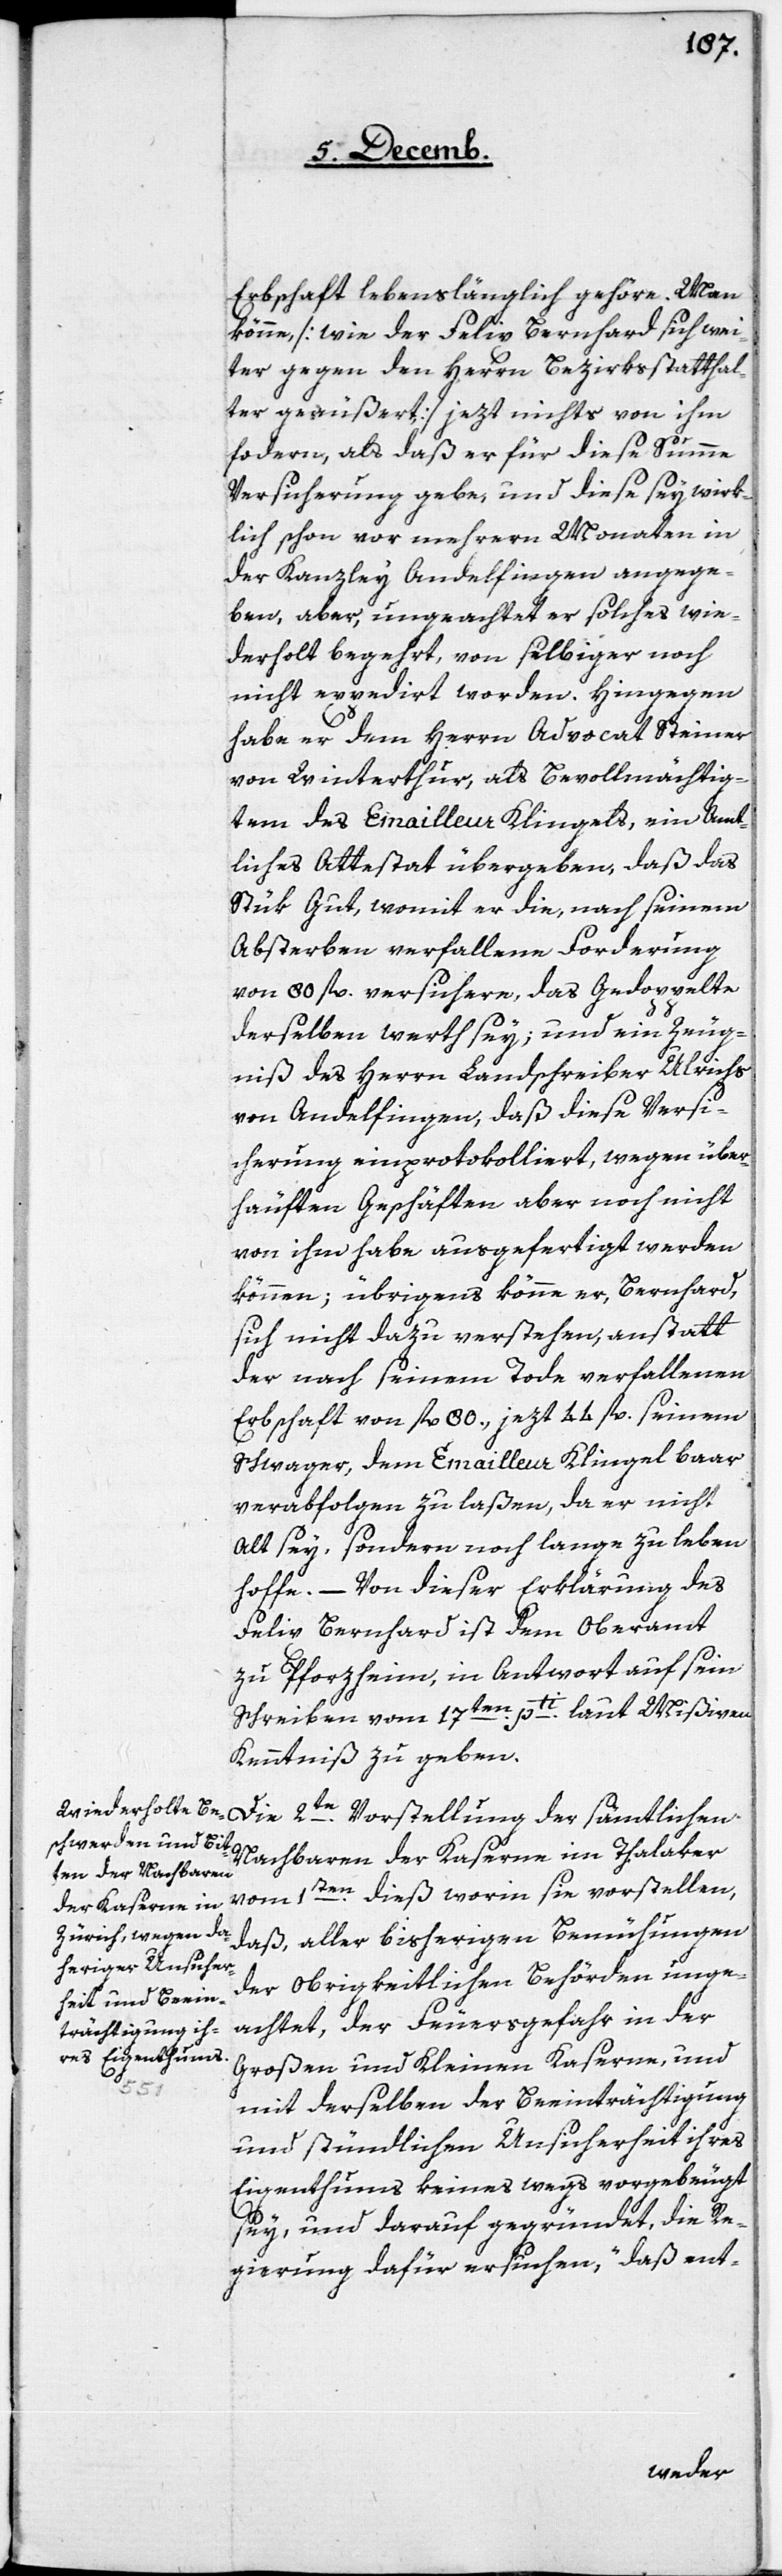
Erbschaft lebenslänglich gehöre. Man
könne, [wie der Felix Bernhard sich wei¬
ter gegen den Herrn Bezirksstatthal¬
ter geäußert] jezt nichts von ihm
fordern, als daß er für diese Summe
Versicherung gebe, und diese sey wirk¬
lich schon vor mehrern Monaten in
der Kanzley Andelfingen angege¬
ben, aber, ungeachtet er solches wie¬
derholt begehrt, von selbiger noch
nicht expedirt worden. Hingegen
habe er dem Herrn Advocat Steiner
von Winterthur, als Bevollmächtig¬
tem des Emailleur Klingels, ein Amt¬
liches Attestat übergeben, daß das
Stük Gut, womit er die, nach seinem
Absterben verfallene Forderung
von 80 fl. versichere, das Gedoppelte
derselben werth sey; und ein Zeug¬
niß des Herrn Landschreiber Ulrichs
von Andelfingen, daß diese Versi¬
cherung einprotokolliert, wegen über¬
häufften Geschäften aber noch nicht
von ihm habe ausgefertigt werden
können; übrigens könne er, Bernhard,
sich nicht dazu verstehen, anstatt
der nach seinem Tode verfallenen
Erbschaft von fl. 80., jezt 44 fl. seinem
Schwager, dem Emailleur Klingel baar
verabfolgen zu laßen, da er nicht
Alt sey, sondern noch lange zu leben
hoffe. – Von dieser Erklärung des
Felix Bernhard ist dem Oberamt
zu Pforzheim, in Antwort auf sein
Schreiben vom 17ten. pti laut Mißiven
Kenntniß zu geben.
Nachbaren der Kaserne im Thalaker
vom 1sten. dieß worin sie vorstellen,
daß, aller bisherigen Bemühungen
der Obrigkeitlichen Behörden unge¬
achtet, der Feuersgefahr in der
Großen und Kleinen Kaserne, und
mit derselben der Beeinträchtigung
und stündlichen Unsicherheit ihres
Eigenthums keines wegs vorgebeugt
sey, und darauf gegründet, die Re¬
gierung dafür ersuchen, „daß ent-